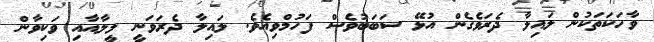
ވާހަކަތަކުން ލައިލާ ދެރަވެގެން އުޅޭ ސަބަބުވެސް ފަހުމްވިއެވެ. ލައިލާ ދެރަވަނީ ލީލާއާއި ވަކިވާން